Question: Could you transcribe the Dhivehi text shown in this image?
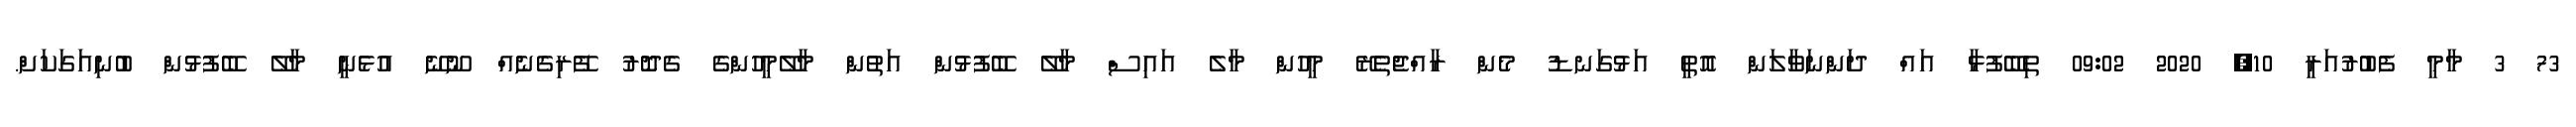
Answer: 73 3 މާމީ ފެބުރުއަރީ 10, 2020 09:02 ތިބޭފުޅާ އައް ދަންނަވާލަން އޮތީ އަޅުގަނޑު މެން ރާއްޖެތެރޭ މީހުން މާލެ އައިސް މާލޭ ބޭފުޅުން އަތުން މާލޭމީހުންގެ ގެދޮރު ފޭރިގެނެއް ނޫނޭ އުޅެނީ މާލޭ ބޭފުޅުން ބުނިއަގަކަށް.